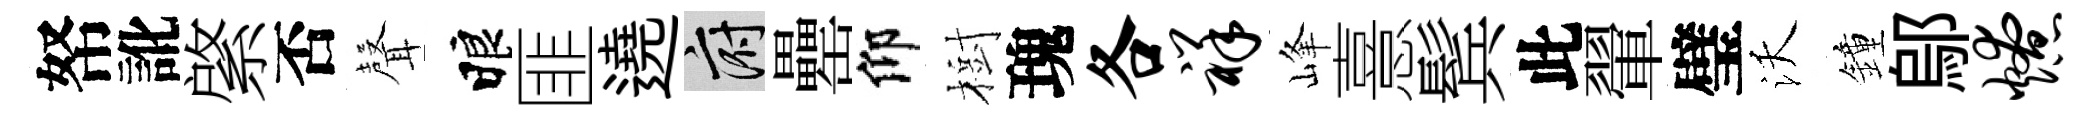
帑訛綮否𮋻睱匪遶府罍仰樹瑰各祥峰憙鬂此翬璧沃鐘鄔燎